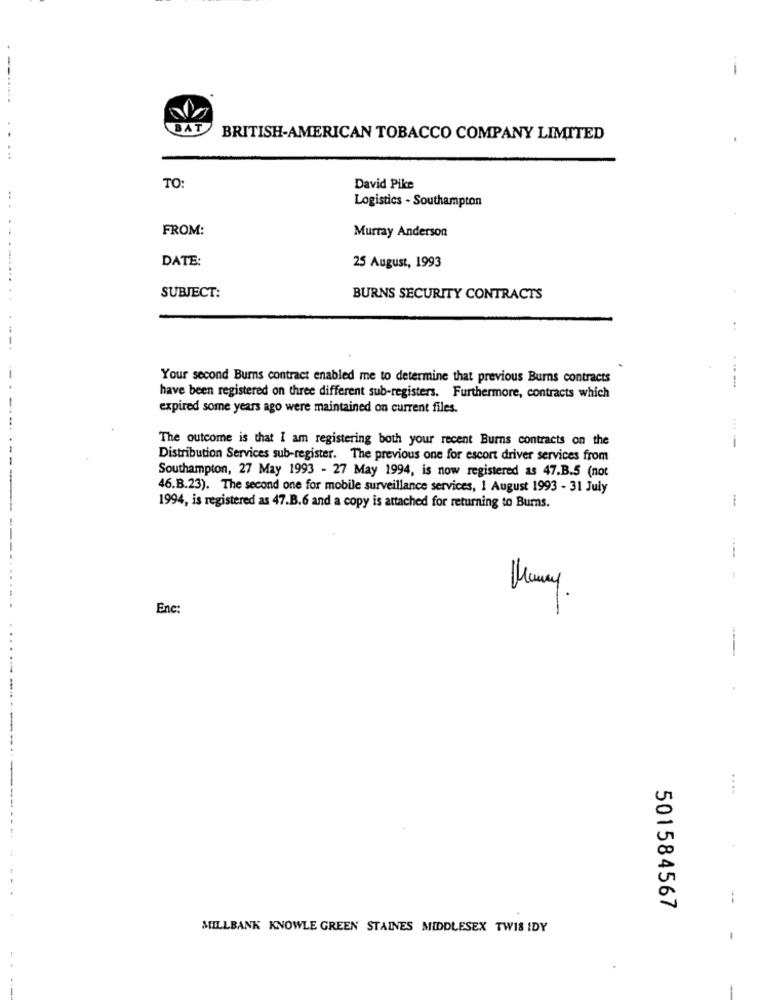
--
BAT
BRITISH-AMERICAN TOBACCO COMPANY LIMITED
TO
David Pike
Logistics - Southampton
FROM:
Murray Anderson
DATE:
25 August, 1993
SUBJECT:
BURNS SECURITY CONTRACTS
Your second Burns contract enabled me to determine that previous Burns contracts
...-..
have been registered on three different sub-registers. Furthermore, contracts which
expired some years ago were maintained on current files.
The outcome is that I am registering both your recent Burns contracts on the
Distribution Services sub-register. The previous one for escort driver services from
Southampton, 27 May 1993 - 27 May 1994, is now registered as 47.B.5 (not
46.B.23). The second one for mobile surveillance services, 1 August 1993 - 31 July
1994, is registered as 47.B.6 and a copy is attached for returning to Burns.
Enc:
--
....
U
20
--
501584567
MILLBANK KNOWLE GREEN STAINES MIDDLESEX TWIS IDY